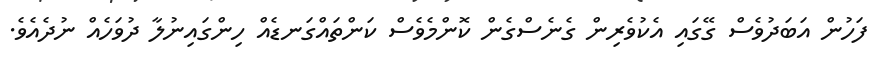
ފަހުން އަބަދުވެސް ގޭގައި އެކުވެރިން ގެނެސްގެން ކޮންމެވެސް ކަންތައްގަނޑެއް ހިންގައިނުލާ ދުވަހެއް ނުދެއެވެ.